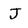
Character: J